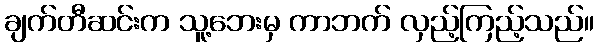
ချက်တီဆင်းက သူ့ဘေးမှ ကာဘက် လှည့်ကြည့်သည်။